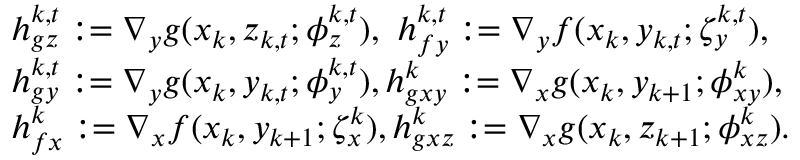
\begin{array} { r l } & { h _ { g z } ^ { k , t } : = \nabla _ { y } g ( x _ { k } , z _ { k , t } ; \phi _ { z } ^ { k , t } ) , \ h _ { f y } ^ { k , t } : = \nabla _ { y } f ( x _ { k } , y _ { k , t } ; \zeta _ { y } ^ { k , t } ) , } \\ & { h _ { g y } ^ { k , t } : = \nabla _ { y } g ( x _ { k } , y _ { k , t } ; \phi _ { y } ^ { k , t } ) , h _ { g x y } ^ { k } : = \nabla _ { x } g ( x _ { k } , y _ { k + 1 } ; \phi _ { x y } ^ { k } ) , } \\ & { h _ { f x } ^ { k } : = \nabla _ { x } f ( x _ { k } , y _ { k + 1 } ; \zeta _ { x } ^ { k } ) , h _ { g x z } ^ { k } : = \nabla _ { x } g ( x _ { k } , z _ { k + 1 } ; \phi _ { x z } ^ { k } ) . } \end{array}